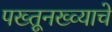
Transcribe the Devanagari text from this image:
पख्तूनख्व्याचे